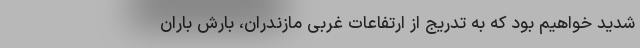
شدید خواهیم بود که به تدریج از ارتفاعات غربی مازندران، بارش باران